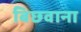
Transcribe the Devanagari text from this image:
बिछवाना